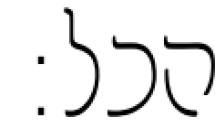
הכל: